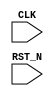
//
// Generated by Bluespec Compiler (build 00185f79)
//
// On Mon Apr 19 22:50:31 IST 2021
//
//
// Ports:
// Name                         I/O  size props
// CLK                            I     1 clock
// RST_N                          I     1 reset
//
// No combinational paths from inputs to outputs
//
//

`ifdef BSV_ASSIGNMENT_DELAY
`else
  `define BSV_ASSIGNMENT_DELAY
`endif

`ifdef BSV_POSITIVE_RESET
  `define BSV_RESET_VALUE 1'b1
  `define BSV_RESET_EDGE posedge
`else
  `define BSV_RESET_VALUE 1'b0
  `define BSV_RESET_EDGE negedge
`endif

module mkTestBench(CLK,
		   RST_N);
  input  CLK;
  input  RST_N;

  // inlined wires
  wire start_wire$whas, state_set_pw$whas;

  // register gcdVariable_busy
  reg gcdVariable_busy;
  wire gcdVariable_busy$D_IN, gcdVariable_busy$EN;

  // register gcdVariable_x
  reg [31 : 0] gcdVariable_x;
  wire [31 : 0] gcdVariable_x$D_IN;
  wire gcdVariable_x$EN;

  // register gcdVariable_y
  reg [31 : 0] gcdVariable_y;
  wire [31 : 0] gcdVariable_y$D_IN;
  wire gcdVariable_y$EN;

  // register running
  reg running;
  wire running$D_IN, running$EN;

  // register start_reg
  reg start_reg;
  wire start_reg$D_IN, start_reg$EN;

  // register start_reg_1
  reg start_reg_1;
  wire start_reg_1$D_IN, start_reg_1$EN;

  // register state_can_overlap
  reg state_can_overlap;
  wire state_can_overlap$D_IN, state_can_overlap$EN;

  // register state_fired
  reg state_fired;
  wire state_fired$D_IN, state_fired$EN;

  // register state_mkFSMstate
  reg [2 : 0] state_mkFSMstate;
  reg [2 : 0] state_mkFSMstate$D_IN;
  wire state_mkFSMstate$EN;

  // register x
  reg [31 : 0] x;
  wire [31 : 0] x$D_IN;
  wire x$EN;

  // register y
  reg [31 : 0] y;
  wire [31 : 0] y$D_IN;
  wire y$EN;

  // rule scheduling signals
  wire WILL_FIRE_RL_action_l21c20,
       WILL_FIRE_RL_action_l22c9,
       WILL_FIRE_RL_fsm_start,
       WILL_FIRE_RL_idle_l13c17;

  // inputs to muxes for submodule ports
  wire [31 : 0] MUX_gcdVariable_x$write_1__VAL_2;
  wire MUX_start_reg$write_1__SEL_2;

  // remaining internal signals
  wire [31 : 0] x__h147;
  wire abort_whas__4_AND_abort_wget__5_6_OR_state_mkF_ETC___d60,
       gcdVariable_x_ULT_gcdVariable_y___d5;

  // rule RL_action_l22c9
  assign WILL_FIRE_RL_action_l22c9 =
	     gcdVariable_busy && gcdVariable_x == 32'd0 &&
	     state_mkFSMstate == 3'd1 ;

  // rule RL_fsm_start
  assign WILL_FIRE_RL_fsm_start =
	     abort_whas__4_AND_abort_wget__5_6_OR_state_mkF_ETC___d60 &&
	     start_reg ;

  // rule RL_idle_l13c17
  assign WILL_FIRE_RL_idle_l13c17 =
	     !start_wire$whas && state_mkFSMstate == 3'd2 ;

  // rule RL_action_l21c20
  assign WILL_FIRE_RL_action_l21c20 =
	     !gcdVariable_busy && start_wire$whas &&
	     (state_mkFSMstate == 3'd0 || state_mkFSMstate == 3'd2) ;

  // inputs to muxes for submodule ports
  assign MUX_start_reg$write_1__SEL_2 =
	     abort_whas__4_AND_abort_wget__5_6_OR_state_mkF_ETC___d60 &&
	     !start_reg &&
	     !running ;
  assign MUX_gcdVariable_x$write_1__VAL_2 =
	     gcdVariable_x_ULT_gcdVariable_y___d5 ? gcdVariable_y : x__h147 ;

  // inlined wires
  assign start_wire$whas =
	     WILL_FIRE_RL_fsm_start || start_reg_1 && !state_fired ;
  assign state_set_pw$whas =
	     WILL_FIRE_RL_idle_l13c17 || WILL_FIRE_RL_action_l22c9 ||
	     WILL_FIRE_RL_action_l21c20 ;

  // register gcdVariable_busy
  assign gcdVariable_busy$D_IN = !WILL_FIRE_RL_action_l22c9 ;
  assign gcdVariable_busy$EN =
	     WILL_FIRE_RL_action_l22c9 || WILL_FIRE_RL_action_l21c20 ;

  // register gcdVariable_x
  assign gcdVariable_x$D_IN =
	     WILL_FIRE_RL_action_l21c20 ?
	       x :
	       MUX_gcdVariable_x$write_1__VAL_2 ;
  assign gcdVariable_x$EN =
	     gcdVariable_x != 32'd0 ||
	     !gcdVariable_x_ULT_gcdVariable_y___d5 ||
	     WILL_FIRE_RL_action_l21c20 ;

  // register gcdVariable_y
  assign gcdVariable_y$D_IN = WILL_FIRE_RL_action_l21c20 ? y : gcdVariable_x ;
  assign gcdVariable_y$EN =
	     gcdVariable_x_ULT_gcdVariable_y___d5 && gcdVariable_x != 32'd0 ||
	     WILL_FIRE_RL_action_l21c20 ;

  // register running
  assign running$D_IN = 1'd1 ;
  assign running$EN = MUX_start_reg$write_1__SEL_2 ;

  // register start_reg
  assign start_reg$D_IN = !WILL_FIRE_RL_fsm_start ;
  assign start_reg$EN =
	     WILL_FIRE_RL_fsm_start ||
	     abort_whas__4_AND_abort_wget__5_6_OR_state_mkF_ETC___d60 &&
	     !start_reg &&
	     !running ;

  // register start_reg_1
  assign start_reg_1$D_IN = start_wire$whas ;
  assign start_reg_1$EN = 1'd1 ;

  // register state_can_overlap
  assign state_can_overlap$D_IN = state_set_pw$whas || state_can_overlap ;
  assign state_can_overlap$EN = 1'd1 ;

  // register state_fired
  assign state_fired$D_IN = state_set_pw$whas ;
  assign state_fired$EN = 1'd1 ;

  // register state_mkFSMstate
  always@(WILL_FIRE_RL_idle_l13c17 or
	  WILL_FIRE_RL_action_l21c20 or WILL_FIRE_RL_action_l22c9)
  begin
    case (1'b1) // synopsys parallel_case
      WILL_FIRE_RL_idle_l13c17: state_mkFSMstate$D_IN = 3'd0;
      WILL_FIRE_RL_action_l21c20: state_mkFSMstate$D_IN = 3'd1;
      WILL_FIRE_RL_action_l22c9: state_mkFSMstate$D_IN = 3'd2;
      default: state_mkFSMstate$D_IN = 3'b010 /* unspecified value */ ;
    endcase
  end
  assign state_mkFSMstate$EN =
	     WILL_FIRE_RL_idle_l13c17 || WILL_FIRE_RL_action_l21c20 ||
	     WILL_FIRE_RL_action_l22c9 ;

  // register x
  assign x$D_IN = 32'h0 ;
  assign x$EN = 1'b0 ;

  // register y
  assign y$D_IN = 32'h0 ;
  assign y$EN = 1'b0 ;

  // remaining internal signals
  assign abort_whas__4_AND_abort_wget__5_6_OR_state_mkF_ETC___d60 =
	     (state_mkFSMstate == 3'd0 || state_mkFSMstate == 3'd2) &&
	     (!start_reg_1 || state_fired) ;
  assign gcdVariable_x_ULT_gcdVariable_y___d5 =
	     gcdVariable_x < gcdVariable_y ;
  assign x__h147 = gcdVariable_x - gcdVariable_y ;

  // handling of inlined registers

  always@(posedge CLK)
  begin
    if (RST_N == `BSV_RESET_VALUE)
      begin
        gcdVariable_busy <= `BSV_ASSIGNMENT_DELAY 1'd0;
	gcdVariable_x <= `BSV_ASSIGNMENT_DELAY 32'd0;
	gcdVariable_y <= `BSV_ASSIGNMENT_DELAY 32'd0;
	running <= `BSV_ASSIGNMENT_DELAY 1'd0;
	start_reg <= `BSV_ASSIGNMENT_DELAY 1'd0;
	start_reg_1 <= `BSV_ASSIGNMENT_DELAY 1'd0;
	state_can_overlap <= `BSV_ASSIGNMENT_DELAY 1'd1;
	state_fired <= `BSV_ASSIGNMENT_DELAY 1'd0;
	state_mkFSMstate <= `BSV_ASSIGNMENT_DELAY 3'd0;
	x <= `BSV_ASSIGNMENT_DELAY 32'd342;
	y <= `BSV_ASSIGNMENT_DELAY 32'd4314;
      end
    else
      begin
        if (gcdVariable_busy$EN)
	  gcdVariable_busy <= `BSV_ASSIGNMENT_DELAY gcdVariable_busy$D_IN;
	if (gcdVariable_x$EN)
	  gcdVariable_x <= `BSV_ASSIGNMENT_DELAY gcdVariable_x$D_IN;
	if (gcdVariable_y$EN)
	  gcdVariable_y <= `BSV_ASSIGNMENT_DELAY gcdVariable_y$D_IN;
	if (running$EN) running <= `BSV_ASSIGNMENT_DELAY running$D_IN;
	if (start_reg$EN) start_reg <= `BSV_ASSIGNMENT_DELAY start_reg$D_IN;
	if (start_reg_1$EN)
	  start_reg_1 <= `BSV_ASSIGNMENT_DELAY start_reg_1$D_IN;
	if (state_can_overlap$EN)
	  state_can_overlap <= `BSV_ASSIGNMENT_DELAY state_can_overlap$D_IN;
	if (state_fired$EN)
	  state_fired <= `BSV_ASSIGNMENT_DELAY state_fired$D_IN;
	if (state_mkFSMstate$EN)
	  state_mkFSMstate <= `BSV_ASSIGNMENT_DELAY state_mkFSMstate$D_IN;
	if (x$EN) x <= `BSV_ASSIGNMENT_DELAY x$D_IN;
	if (y$EN) y <= `BSV_ASSIGNMENT_DELAY y$D_IN;
      end
  end

  // synopsys translate_off
  `ifdef BSV_NO_INITIAL_BLOCKS
  `else // not BSV_NO_INITIAL_BLOCKS
  initial
  begin
    gcdVariable_busy = 1'h0;
    gcdVariable_x = 32'hAAAAAAAA;
    gcdVariable_y = 32'hAAAAAAAA;
    running = 1'h0;
    start_reg = 1'h0;
    start_reg_1 = 1'h0;
    state_can_overlap = 1'h0;
    state_fired = 1'h0;
    state_mkFSMstate = 3'h2;
    x = 32'hAAAAAAAA;
    y = 32'hAAAAAAAA;
  end
  `endif // BSV_NO_INITIAL_BLOCKS
  // synopsys translate_on

  // handling of system tasks

  // synopsys translate_off
  always@(negedge CLK)
  begin
    #0;
    if (RST_N != `BSV_RESET_VALUE)
      if (WILL_FIRE_RL_action_l22c9)
	$display("GCD(%0d, %0d) = %0d", x, y, gcdVariable_y);
    if (RST_N != `BSV_RESET_VALUE)
      if (running &&
	  abort_whas__4_AND_abort_wget__5_6_OR_state_mkF_ETC___d60 &&
	  !start_reg)
	$finish(32'd0);
    if (RST_N != `BSV_RESET_VALUE)
      if (WILL_FIRE_RL_action_l21c20 && WILL_FIRE_RL_action_l22c9)
	$display("Error: \"testBench.bsv\", line 21, column 20: (R0001)\n  Mutually exclusive rules (from the ME sets [RL_action_l21c20] and\n  [RL_action_l22c9] ) fired in the same clock cycle.\n");
  end
  // synopsys translate_on
endmodule  // mkTestBench